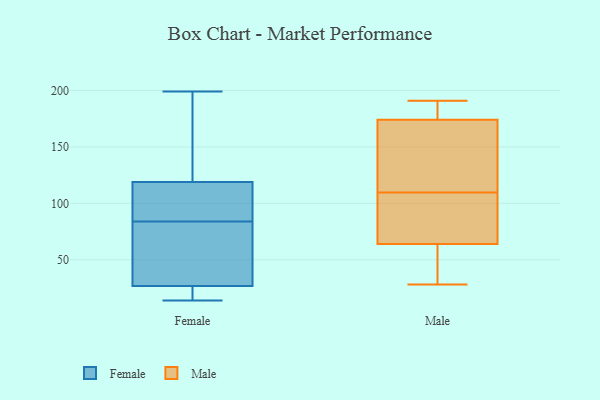
{"axis": {"x": "Page Views", "y": "Value"}, "legend": ["Female", "Male"], "data": [{"x": "", "y": 98, "type": "Female"}, {"x": "", "y": 47, "type": "Female"}, {"x": "", "y": 84, "type": "Female"}, {"x": "", "y": 117, "type": "Female"}, {"x": "", "y": 125, "type": "Female"}, {"x": "", "y": 199, "type": "Female"}, {"x": "", "y": 14, "type": "Female"}, {"x": "", "y": 100, "type": "Female"}, {"x": "", "y": 14, "type": "Female"}, {"x": "", "y": 62, "type": "Female"}, {"x": "", "y": 139, "type": "Female"}, {"x": "", "y": 17, "type": "Female"}, {"x": "", "y": 30, "type": "Female"}, {"x": "", "y": 173, "type": "Male"}, {"x": "", "y": 176, "type": "Male"}, {"x": "", "y": 67, "type": "Male"}, {"x": "", "y": 34, "type": "Male"}, {"x": "", "y": 61, "type": "Male"}, {"x": "", "y": 108, "type": "Male"}, {"x": "", "y": 191, "type": "Male"}, {"x": "", "y": 28, "type": "Male"}, {"x": "", "y": 111, "type": "Male"}, {"x": "", "y": 175, "type": "Male"}, {"x": "", "y": 146, "type": "Male"}, {"x": "", "y": 102, "type": "Male"}]}